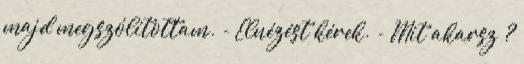
majd megszólítottam. - Elnézést kérek. - Mit akarsz ?